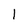
Character: l